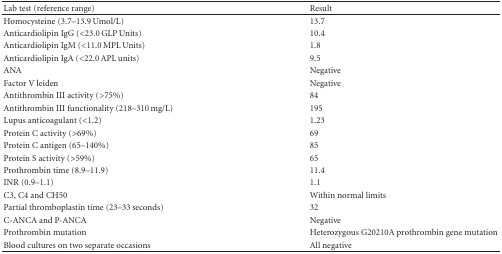
| Lab test (reference range) | Result |
 | --- | --- |
 | Homocysteine (3.7–13.9 Umol/L) | 13.7 |
 | Anticardiolipin IgG (<23.0 GLP Units) | 10.4 |
 | Anticardiolipin IgM (<11.0 MPL Units) | 1.8 |
 | Anticardiolipin IgA (<22.0 APL units) | 9.5 |
 | ANA | Negative |
 | Factor V leiden | Negative |
 | Antithrombin III activity (>75%) | 84 |
 | Antithrombin III functionality (218–310 mg/L) | 195 |
 | Lupus anticoagulant (<1.2) | 1.23 |
 | Protein C activity (>69%) | 69 |
 | Protein C antigen (65–140%) | 85 |
 | Protein S activity (>59%) | 65 |
 | Prothrombin time (8.9–11.9) | 11.4 |
 | INR (0.9–1.1) | 1.1 |
 | C3, C4 and CH50 | Within normal limits |
 | Partial thromboplastin time (23–33 seconds) | 32 |
 | C-ANCA and P-ANCA | Negative |
 | Prothrombin mutation | Heterozygous G20210A prothrombin gene mutation |
 | Blood cultures on two separate occasions | All negative |